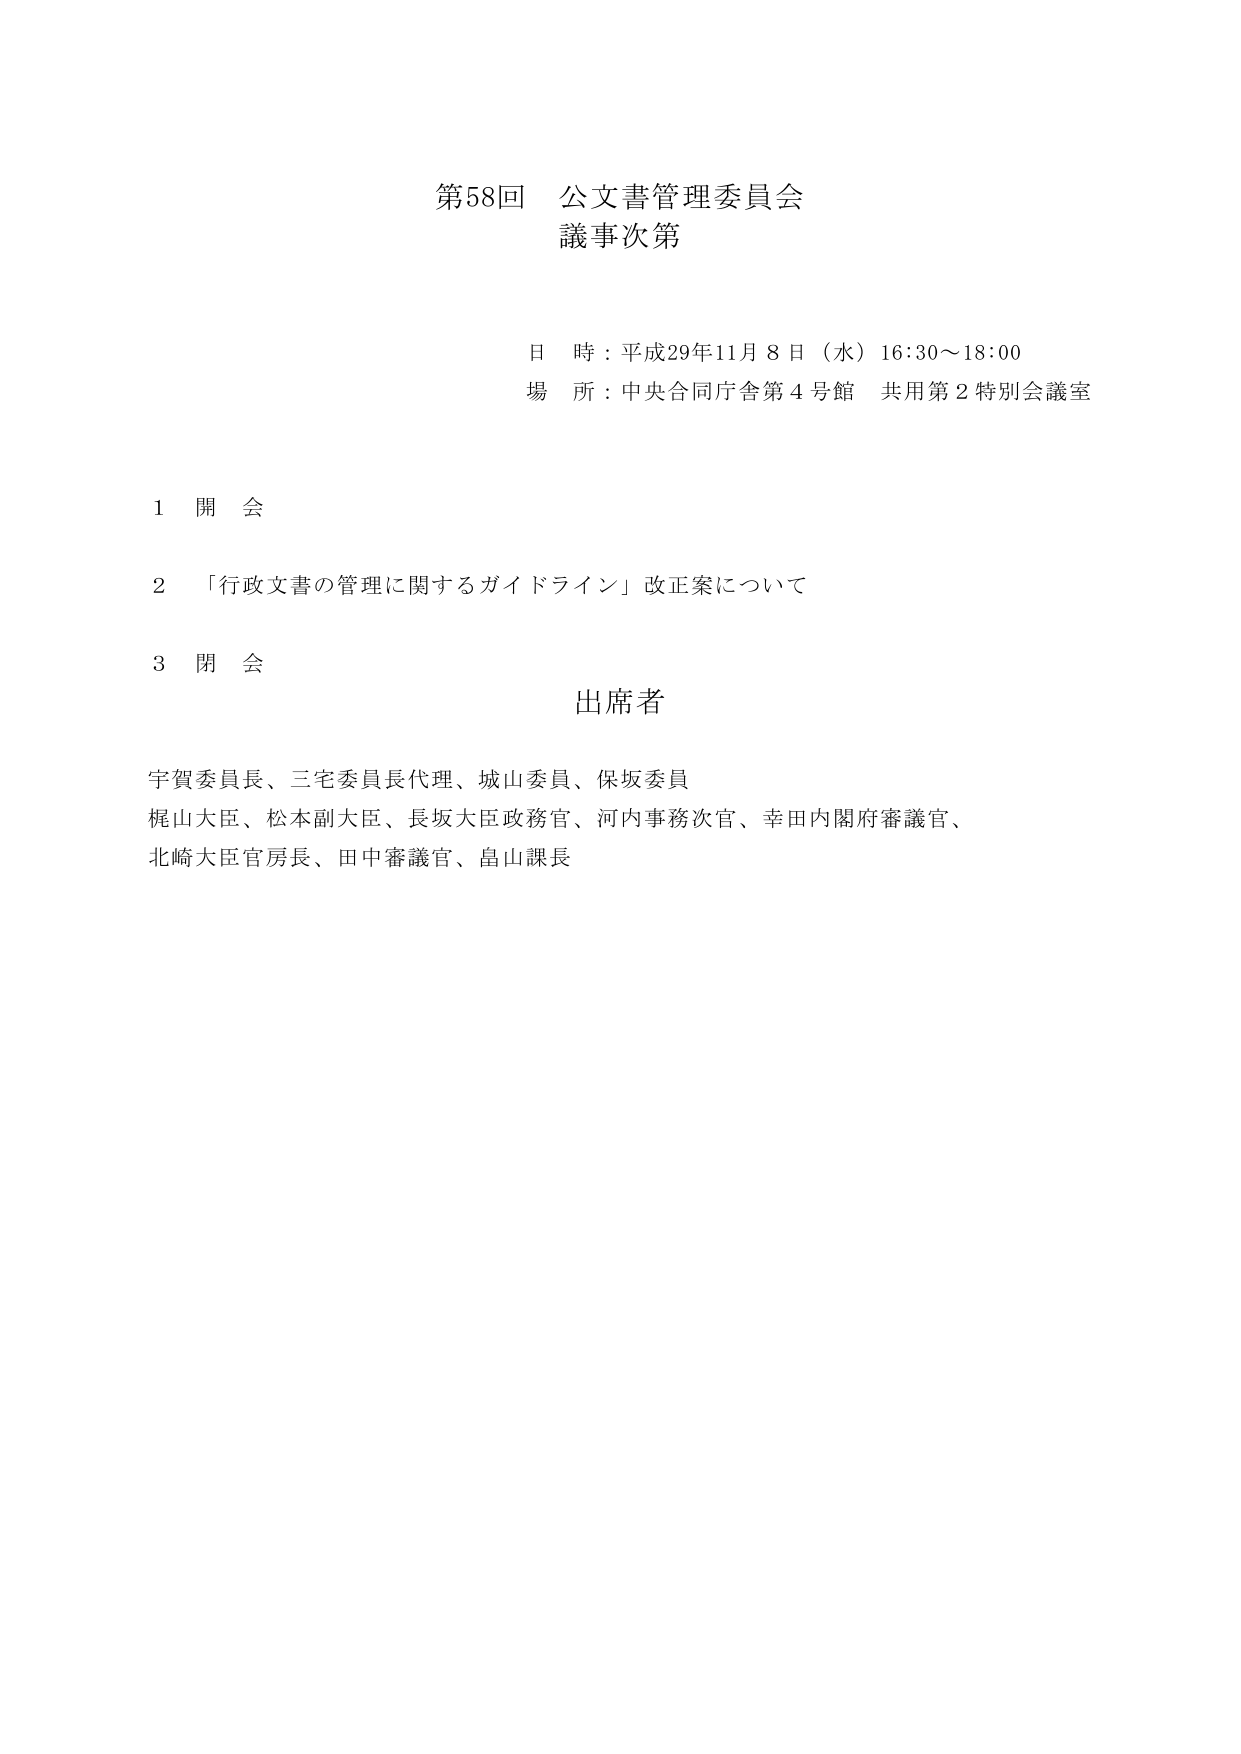
第58回 公文書管理委員会
議事次第

日 時：平成29年11月8日（水）16:30～18:00
場 所：中央合同庁舎第4号館 共用第2特別会議室

1 開 会

2 「行政文書の管理に関するガイドライン」改正案について

3 閉 会

出席者
宇賀委員長、三宅委員長代理、城山委員、保坂委員
梶山大臣、松本副大臣、長坂大臣政務官、河内事務次官、幸田内閣府審議官、
北崎大臣官房長、田中審議官、畠山課長